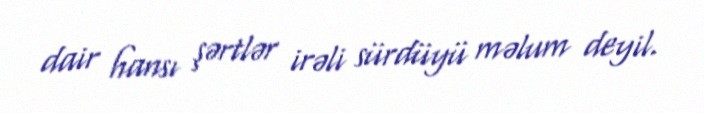
dair hansı şərtlər irəli sürdüyü məlum deyil.